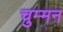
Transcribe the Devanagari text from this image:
चुम्मन